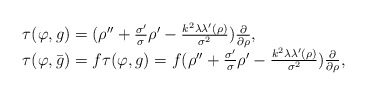
\begin{align*}\begin{array}{lll}\tau(\varphi,g)=(\rho''+\frac{\sigma'}{\sigma}\rho'-\frac{k^2\lambda\lambda'(\rho)}{\sigma^2})\frac{\partial}{\partial\rho},\\\tau(\varphi,\bar{g})=f\tau(\varphi,g)=f(\rho''+\frac{\sigma'}{\sigma}\rho'-\frac{k^2\lambda\lambda'(\rho)}{\sigma^2})\frac{\partial}{\partial\rho},\end{array}\end{align*}